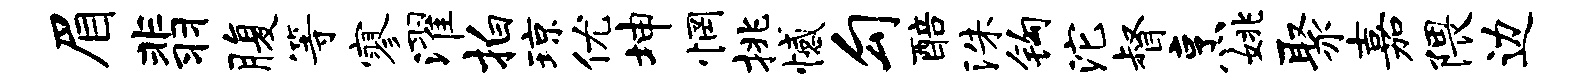
眉翡腹等寥濯拍琼优坤惘挑憾勾醅洙钩沱督烹姚聚嘉隈边